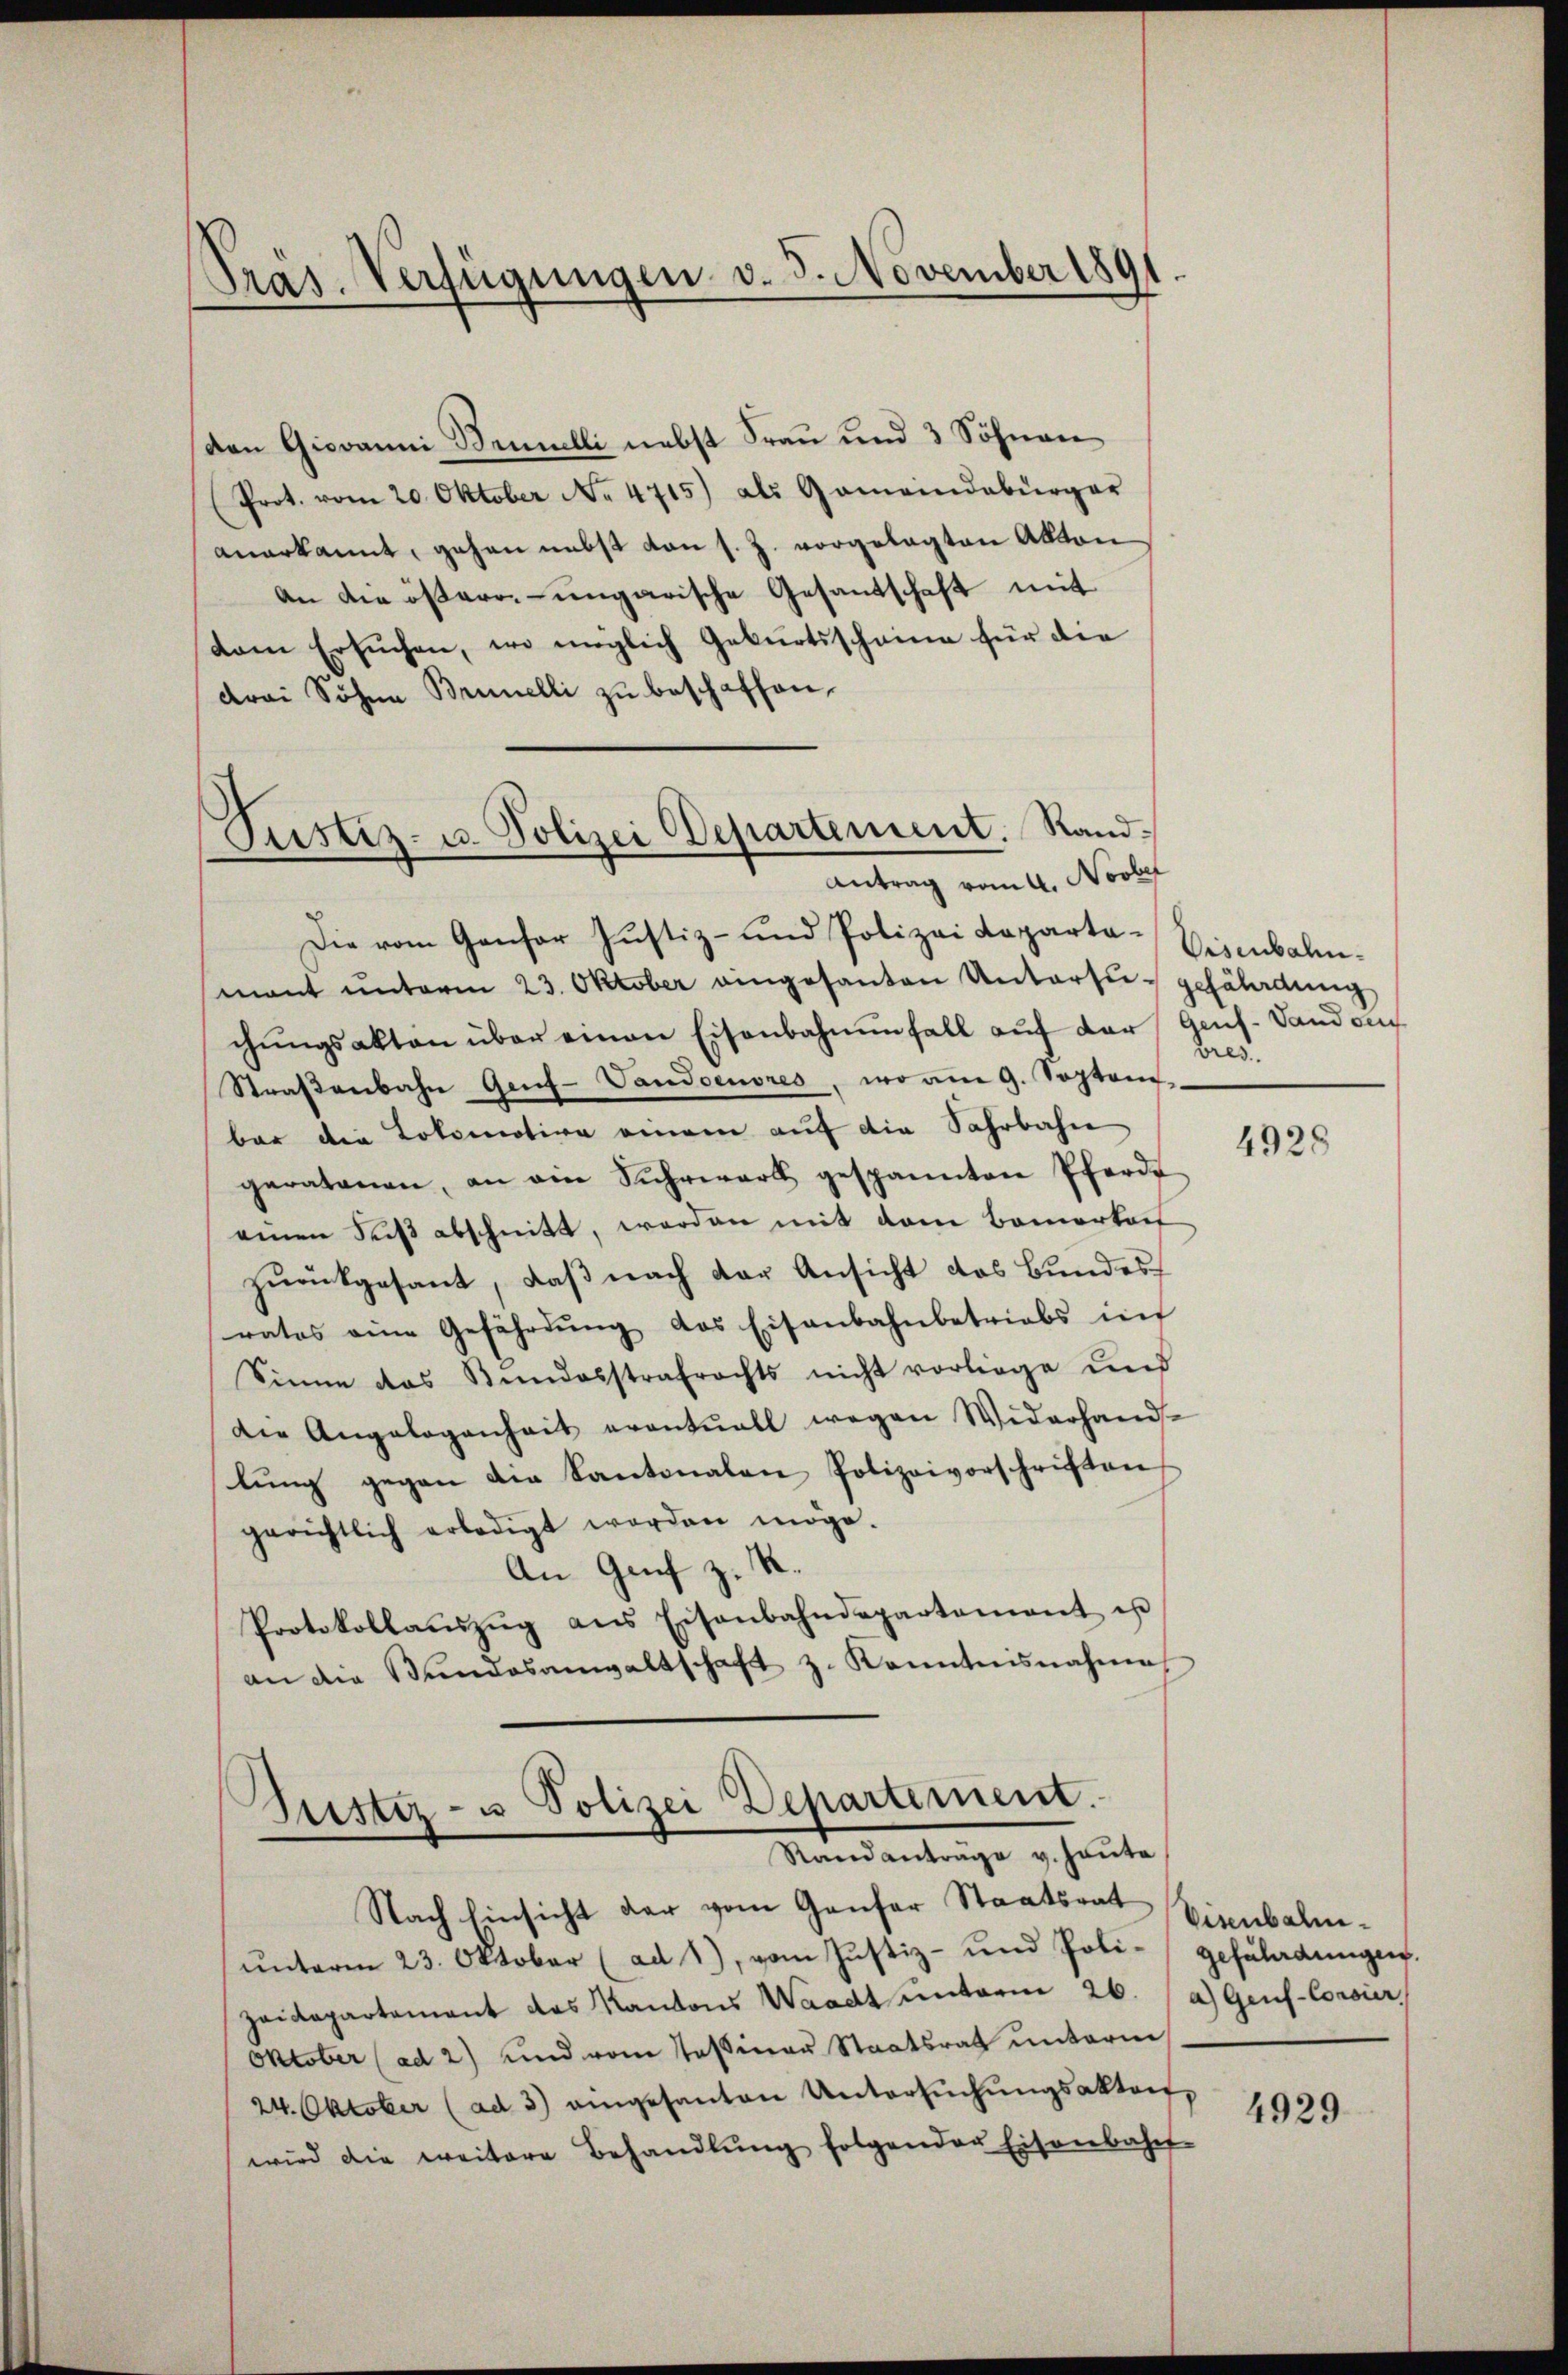
Pras. Verfügungen v. 5. November 1891

Pustiz- u. Polizei Departement. Rand¬
Antrag vom 4. Novber

den Giovanni Brunelli nebst Frau und 3 Söhnen
(Prot. vom 20. Oktober No. 4715) als Gemeindebürger
anerkannt, gehen nebst von s. Z. vorgelegten Akton
an die österr.-ungarische Gesandschaft mit
dem Ersuchen, wo möglich Geburtsscheine für die
drei Söhne Brunelli zu beschaffen.
Die vom Gansor Justiz- und Polizei Kapartamant ŭnterm 23. Oktober eingesanten Untersu- gefährdung
chŭngsakten über einen Eisenbahnenfall auf der Genf. Sand de
Straßenbahn Genf-Vandoenores, wo am 9. Septem
bar die Lokomotion einem auf die Fahrbahn
geratanen, an ein Suhrwerk gespannten Pferde
einen Seis abschnitt, worden mit dem Bemerkeit
zurückgesant, daß nach der Ansicht das Bundesratos eine Gefährdŭng das Eisenbahnbetriebs inf
Sinne das Bundesstrafrachts nicht vorliege und
die Angelegenheit eventuell wegen Widerhand-
lŭng gegen die Kantonalen Polizeivorschriften
gerichtlich erledigt worden möge.
An Genf z. R.
Protokollaŭszŭg ans Eisenbahndepartamant us
an die Bundesanwaltschaft z. Kenntnisnahme

ŭnterm 23. Oktober (ad 1), vom Justiz- und Poli-gefaladungen.
Zaidepartement das Kantons Waadt ŭnterm 26. / a.) Genf-Corsier,
Oktober (ad 2) und vom Tessiner Staatsrath unterm
24. Oktober (ad 3) eingesanten Untersŭchŭngsakter,
wird die weitere Behandlŭng folgender Eisenbahn-

Justiz- u Polizei Departement.
Standanträge v. Haute
Nach hinsicht der vom Ganfer Staatsrat

Visenbahn.
bres.

4928

Eisenbahn¬

4929